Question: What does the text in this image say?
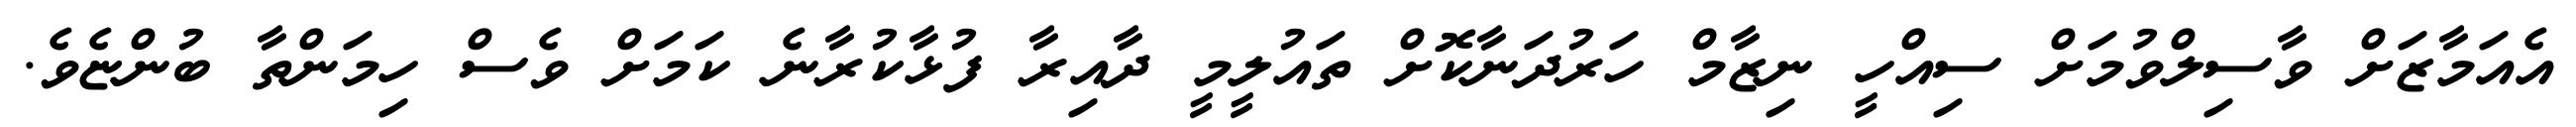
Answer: އެއަމާޒަށް ވާސިލްވުމަށް ސިއްހީ ނިޒާމް ހަރުދަނާކޮށް ތައުލީމީ ދާއިރާ ފުޅާކުރާނެ ކަމަށް ވެސް ހިމަންތާ ބުންޏެވެ.